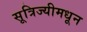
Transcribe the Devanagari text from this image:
सूत्रिज्यीमधून